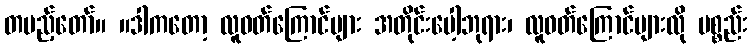
တပည့်တော်။ ။ဒါကတော့ လူဝတ်ကြောင်များ အတိုင်းပေါ့ဘုရား၊ လူဝတ်ကြောင်များလို ပစ္စည်း